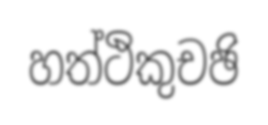
හත්ථිකුචඡි